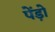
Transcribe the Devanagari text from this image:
पेंड़ो